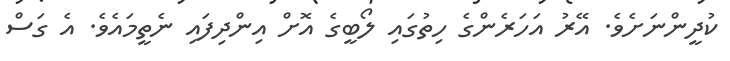
ކުދީންނަށެވެ. އޭރު އަހަރެންގެ ހިތުގައި ލޯބީގެ އޮށް އިންދިފައި ނެތީމައެވެ. އެ ގަސް